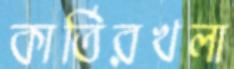
কার্তিরখলা